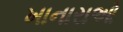
ખાનારાઓ